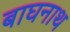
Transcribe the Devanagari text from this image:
बाघनाथ